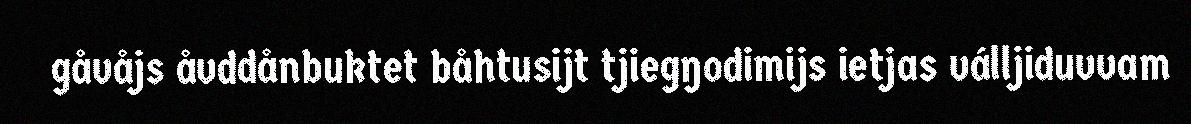
gåvåjs åvddånbuktet båhtusijt tjiegŋodimijs ietjas válljiduvvam